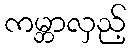
ကမ္ဘာလှည့်